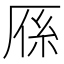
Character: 𭆈